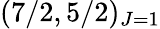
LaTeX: (7/2,5/2)_{J=1}